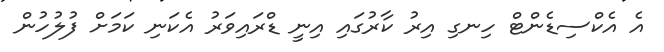
އެ އެކްސިޑެންޓް ހިނގި އިރު ކާރުގައި އިނީ ޑްރައިވަރު އެކަނި ކަމަށް ފުލުހުން